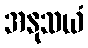
အနုသယံ